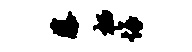
藤栖悔